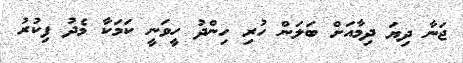
ޖަނާ ދިޔަ ދިމާއަށް ބަލަން ހުރި ހިންދު ހީވަނީ ކަމަކާ މެދު ފިކުރު